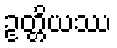
ဥတ္တိယဿ